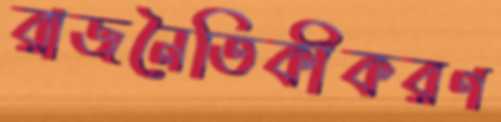
রাজনৈতিকীকরণ